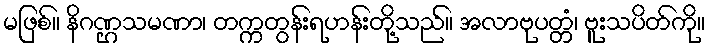
မဖြစ်။ နိဂဏ္ဌသမဏာ၊ တက္ကတွန်းရဟန်းတို့သည်။ အလာဗုပတ္တံ၊ ဗူးသပိတ်ကို။